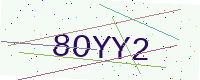
Text: 8OYY2